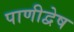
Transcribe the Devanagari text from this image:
पाणीद्वेष